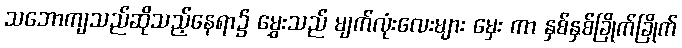
သဘောကျသည်ဆိုသည့်နေရာ၌ မွှေးသည် မျက်လုံးလေးများ မှေး ကာ နှစ်နှစ်ခြိုက်ခြိုက်